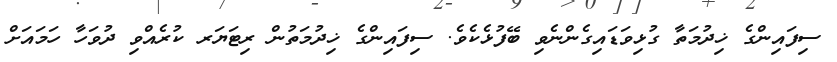
ސިފައިންގެ ޚިދުމަތާ ގުޅިވަޑައިގެންނެވި ބޭފުޅެކެވެ. ސިފައިންގެ ޚިދުމަތުން ރިޓަޔަރ ކުރެއްވި ދުވަހާ ހަމައަށް